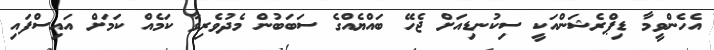
އެހެންވީމާ ޑިޕްރެޝަންއަކީ ސިކުނޑިއަށް ޖެހޭ ބައްޔެއްގެ ސަބަބުން މެދުވެރިވާ ކަމެއް ކަމަށް އައިސްފައި